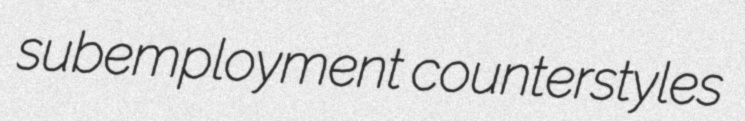
subemployment counterstyles